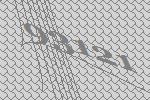
93121